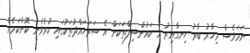
ނަމަވެސް މިހާރު ބާރު ހިނގާއިރު އެ ކައުންސިލްތަކަށް އެ ސަރަހައްދުތަކުގައި ކުރެވެނީ ކޮންކަމެއް